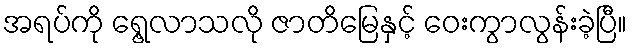
အရပ်ကို ရွေ့လာသလို ဇာတိမြေနှင့် ဝေးကွာလွန်းခဲ့ပြီ။